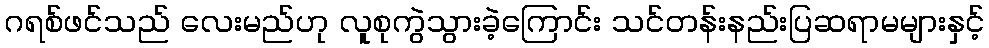
ဂရစ်ဖင်သည် လေးမည်ဟု လူစုကွဲသွားခဲ့ကြောင်း သင်တန်းနည်းပြဆရာမများနှင့်